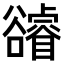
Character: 𧯕